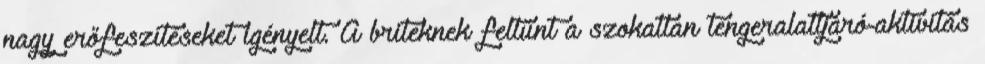
nagy erőfeszítéseket igényelt. A briteknek feltűnt a szokatlan tengeralattjáró-aktivitás